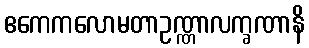
ဧကေကလောမတာဥဏ္ဏာလက္ခဏာနိ